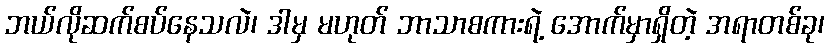
ဘယ်လိုဆက်စပ်နေသလဲ၊ ဒါမှ မဟုတ် ဘာသာစကားရဲ့ အောက်မှာရှိတဲ့ အရာတစ်ခု၊